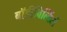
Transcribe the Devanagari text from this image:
बॉडीबिल्डिंरों